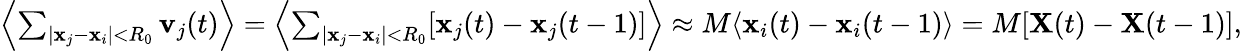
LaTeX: \begin{array}{r}{\left\langle\sum_{|\mathbf{x}_{j}-\mathbf{x}_{i}|<R_{0}}\mathbf{v}_{j}(t)\right\rangle=\left\langle\sum_{|\mathbf{x}_{j}-\mathbf{x}_{i}|<R_{0}}[\mathbf{x}_{j}(t)-\mathbf{x}_{j}(t-1)]\right\rangle\approx M\langle\mathbf{x}_{i}(t)-\mathbf{x}_{i}(t-1)\rangle=M[\mathbf{X}(t)-\mathbf{X}(t-1)],}\end{array}